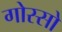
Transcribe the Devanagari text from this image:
गोस्सो